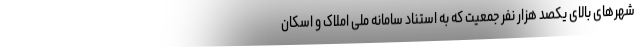
شهرهای بالای یکصد هزار نفر جمعیت که به استناد سامانه ملی املاک و اسکان